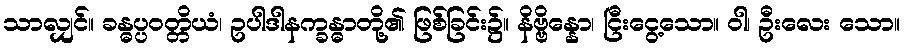
သာလျှင်။ ခန္ဓပ္ပဝတ္တိယံ၊ ဥပါဒါနက္ခန္ဓာတို့၏ ဖြစ်ခြင်း၌။ နိဗ္ဗိန္နော၊ ငြီးငွေ့သော။ ဝါ၊ ဦးလေး သော။